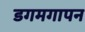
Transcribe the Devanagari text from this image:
डगमगापन